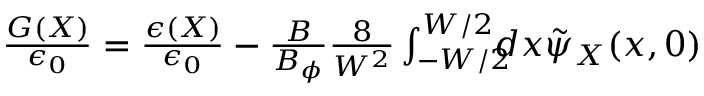
\begin{array} { r } { \frac { G ( X ) } { \epsilon _ { 0 } } = \frac { \epsilon ( X ) } { \epsilon _ { 0 } } - \frac { B } { B _ { \phi } } \frac { 8 } { W ^ { 2 } } \int _ { - W / 2 } ^ { W / 2 } \! \! \! \! d x \tilde { \psi } _ { X } ( x , 0 ) } \end{array}